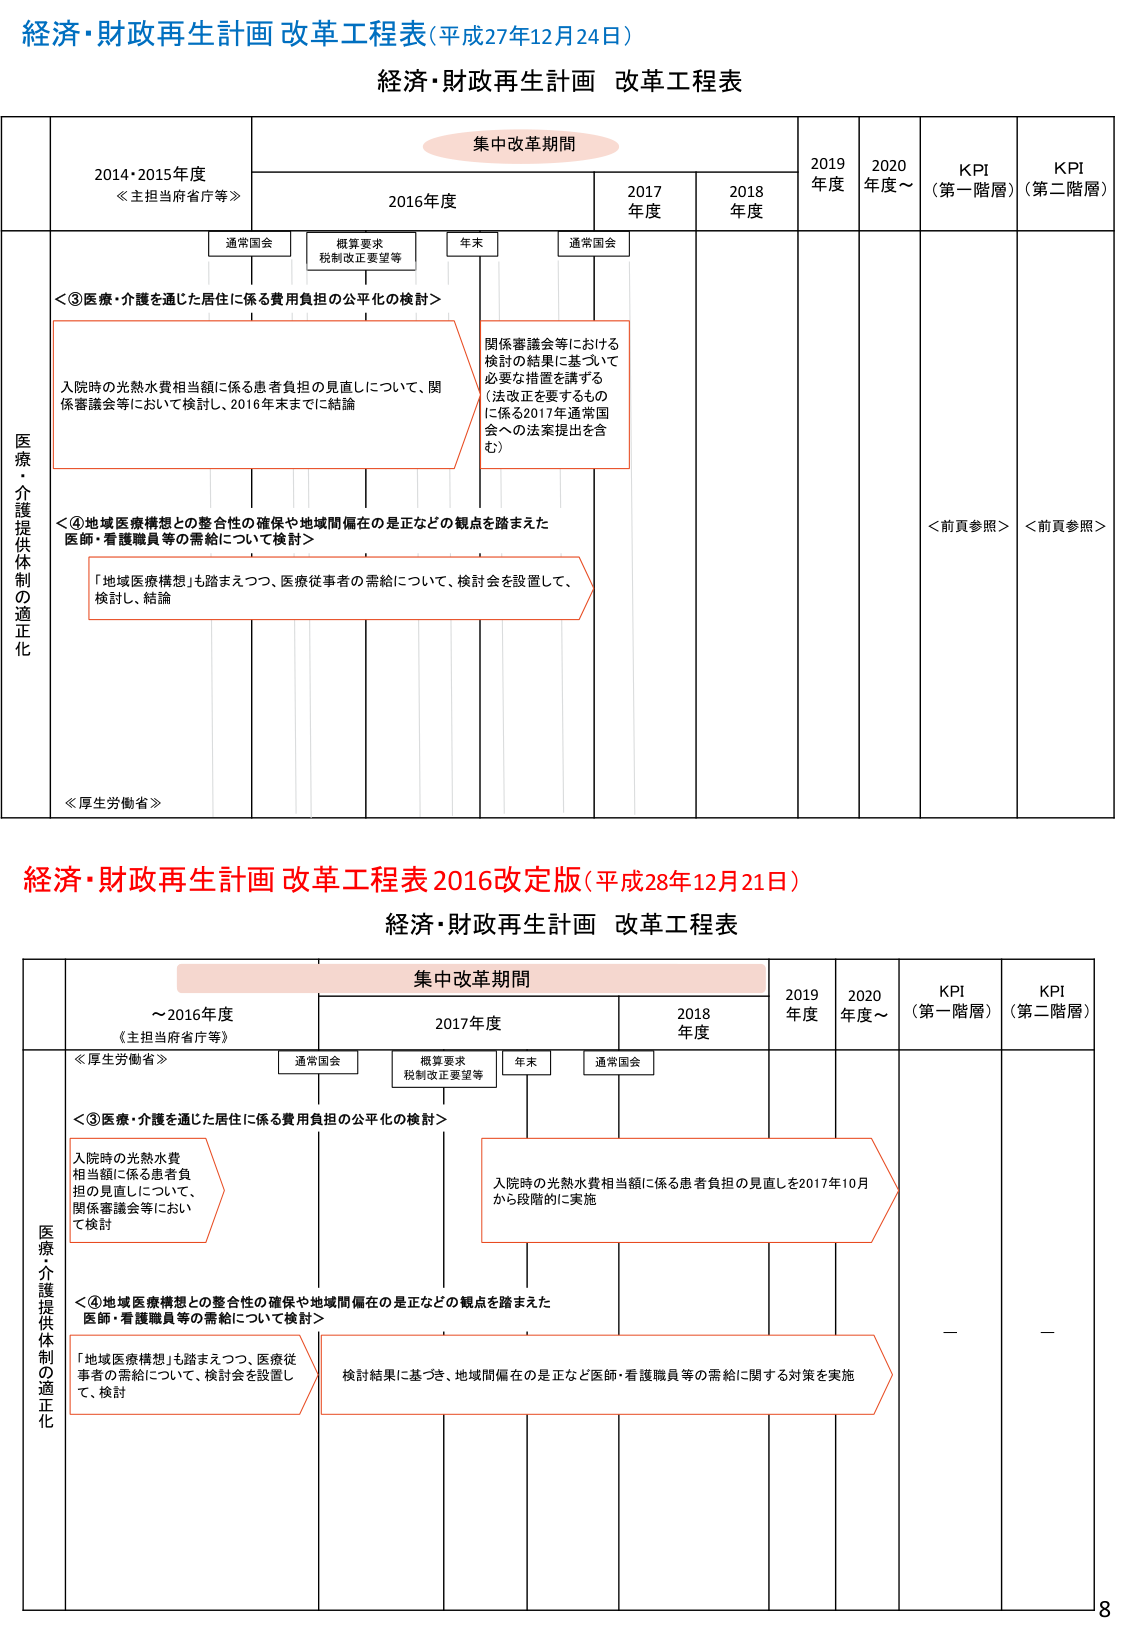
経済・財政再生計画 改革工程表（平成27年12月24日）
経済・財政再生計画 改革工程表

集中改革期間
2014・2015年度
≪主担当府省庁等≫
2016年度
2017年度
2018年度
2019年度
2020年度～
KPI（第一階層）
KPI（第二階層）

通常国会
概算要求
税制改正要望等
年末
通常国会

医療・介護提供体制の適正化
＜③医療・介護を通じた居住に係る費用負担の公平化の検討＞
入院時の光熱水費相当額に係る患者負担の見直しについて、関係審議会等において検討し、2016年末までに結論
関係審議会等における検討の結果に基づいて必要な措置を講ずる（法改正を要するものに係る2017年通常国会への法案提出を含む）

＜④地域医療構想との整合性の確保や地域間偏在の是正などの観点を踏まえた医師・看護職員等の需給について検討＞
「地域医療構想」も踏まえつつ、医療従事者の需給について、検討会を設置して、検討し、結論

≪厚生労働省≫

＜前頁参照＞
＜前頁参照＞

経済・財政再生計画 改革工程表 2016改定版（平成28年12月21日）
経済・財政再生計画 改革工程表

集中改革期間
～2016年度
《主担当府省庁等》
2017年度
2018年度
2019年度
2020年度～
KPI（第一階層）
KPI（第二階層）

通常国会
概算要求
税制改正要望等
年末
通常国会

医療・介護提供体制の適正化
≪厚生労働省≫
＜③医療・介護を通じた居住に係る費用負担の公平化の検討＞
入院時の光熱水費相当額に係る患者負担の見直しについて、関係審議会等において検討
入院時の光熱水費相当額に係る患者負担の見直しを2017年10月から段階的に実施

＜④地域医療構想との整合性の確保や地域間偏在の是正などの観点を踏まえた医師・看護職員等の需給について検討＞
「地域医療構想」も踏まえつつ、医療従事者の需給について、検討会を設置して、検討
検討結果に基づき、地域間偏在の是正など医師・看護職員等の需給に関する対策を実施

－
－

8